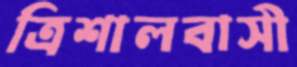
ত্রিশালবাসী